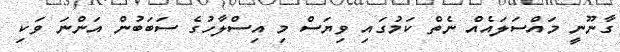
ގާނޫނީ މައްސަލައެއް ނެތް ކަމުގައި ވިޔަސް މި އިސްލާހުގެ ސަބަބުން އަންނަ ވަކި